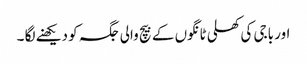
اور باجی کی کھلی ٹانگوں کے بیچ والی جگہ کو دیکھنے لگا ۔